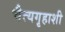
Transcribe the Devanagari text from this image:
चैत्यगृहाशी